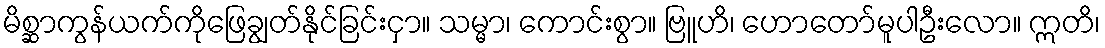
မိစ္ဆာကွန်ယက်ကိုဖြေချွတ်နိုင်ခြင်းငှာ။ သမ္မာ၊ ကောင်းစွာ။ ဗြူဟိ၊ ဟောတော်မူပါဦးလော။ ဣတိ၊